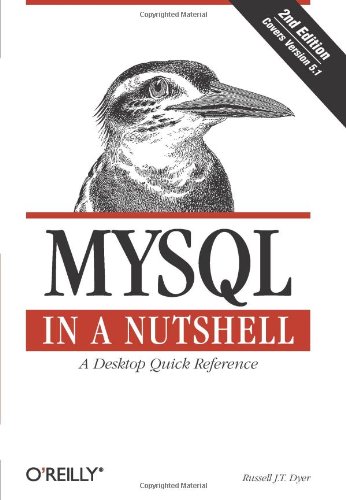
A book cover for MySQL in a Nutshell (In a Nutshell (O'Reilly)); Russell J. T. Dyer; Computers & Technology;